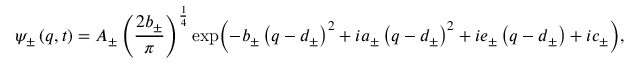
\psi _ { \pm } \left( q , t \right) = A _ { \pm } \left( \frac { 2 b _ { \pm } } { \pi } \right) ^ { \frac { 1 } { 4 } } \exp \! \Big ( { - b _ { \pm } \left( q - d _ { \pm } \right) ^ { 2 } } + { i a _ { \pm } \left( q - d _ { \pm } \right) ^ { 2 } + i e _ { \pm } \left( q - d _ { \pm } \right) + i c _ { \pm } \Big ) } ,